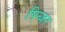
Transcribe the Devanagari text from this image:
पिन्जर